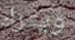
ويترك